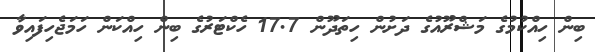
ބިން ހިއްކުމުގެ މަޝްރޫއުގެ ދަށުން ހިތަދޫން 17.7 ހެކްޓަރުގެ ބިން ހިއްކަން ހަމަޖެހިފައިވާ